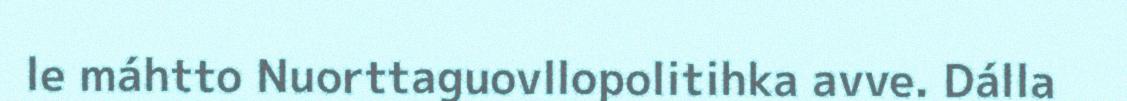
le máhtto Nuorttaguovllopolitihka avve. Dálla